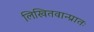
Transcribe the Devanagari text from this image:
लिखितवान्प्रातः